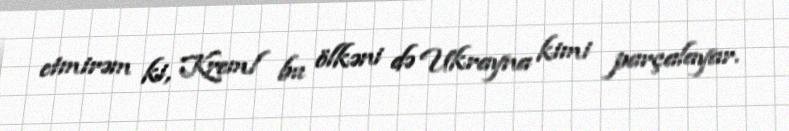
etmirəm ki, Kreml bu ölkəni də Ukrayna kimi parçalayar.